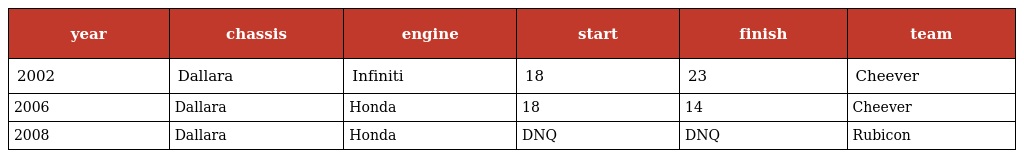
| year | chassis | engine | start | finish | team |
 | --- | --- | --- | --- | --- | --- |
 | 2002 | Dallara | Infiniti | 18 | 23 | Cheever |
 | 2006 | Dallara | Honda | 18 | 14 | Cheever |
 | 2008 | Dallara | Honda | DNQ | DNQ | Rubicon |